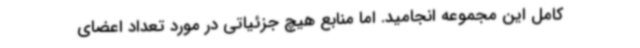
کامل این مجموعه انجامید. اما منابع هیچ جزئیاتی در مورد تعداد اعضای